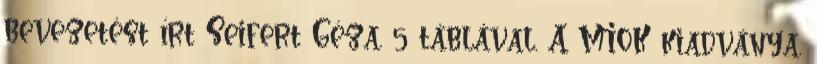
bevezetést írt Seifert Géza. 5 táblával. A MIOK kiadványa.